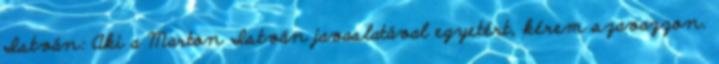
István: Aki a Marton István javaslatával egyetért, kérem szavazzon.